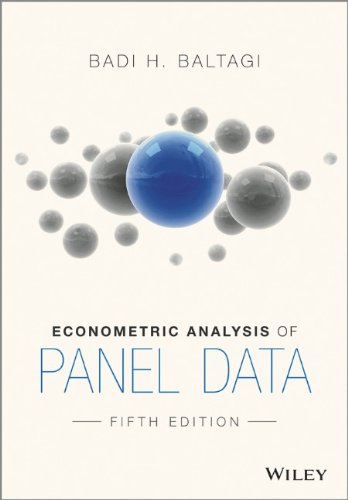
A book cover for Econometric Analysis of Panel Data; Badi H. Baltagi; Business & Money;